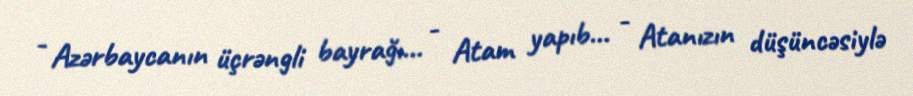
- Azərbaycanın üçrəngli bayrağı... - Atam yapıb... - Atanızın düşüncəsiylə